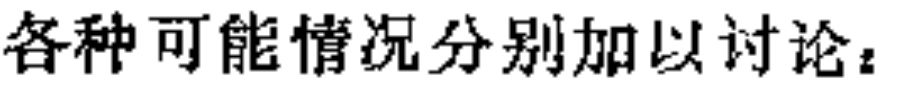
各种可能情况分别加以讨论：